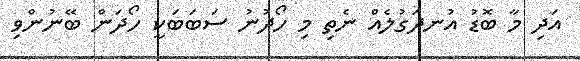
އަދި މާ ބޮޑު އުނދަގުލެއް ނެތި މި ހޯދުނު ސަބަބަކީ ހޯދަން ބޭނުންވި